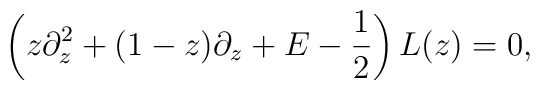
\left( z\partial_z^2 + (1-z)\partial_z +E-{1\over 2} \right) L(z) = 0,